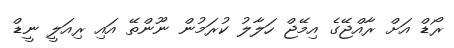
ރޯޑް އަށް ރާއްޖޭގެ އިމޭޖް ހަލާލު ކުރަމުން ނޫންތޭ އައި ރިއަލީ ނީޑް